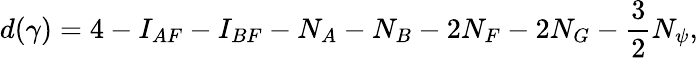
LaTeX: d(\gamma)=4-I_{AF}-I_{BF}-N_{A}-N_{B}-2N_{F}-2N_{G}-\frac 32N_{\psi},